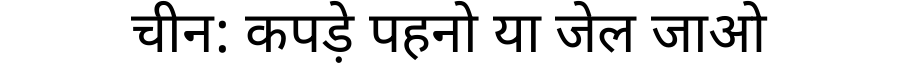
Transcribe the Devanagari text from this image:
चीन: कपड़े पहनो या जेल जाओ